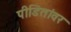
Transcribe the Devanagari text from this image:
पीडितांवर